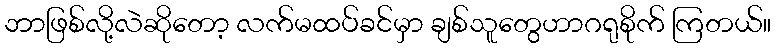
ဘာဖြစ်လို့လဲဆိုတော့ လက်မထပ်ခင်မှာ ချစ်သူတွေဟာဂရုစိုက် ကြတယ်။